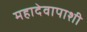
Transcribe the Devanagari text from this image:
महादेवापाशी